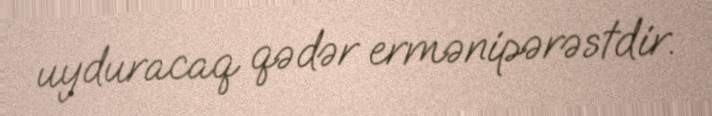
uyduracaq qədər ermənipərəstdir.